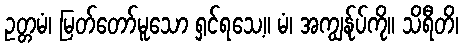
ဥတ္တမံ၊ မြတ်တော်မူသော ရှင်ရသေ့။ မံ၊ အကျွန်ုပ်ကို။ သိရီတိ၊